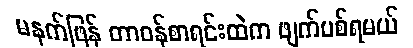
မနက်ဖြန် တာဝန်စာရင်းထဲက ဖျက်ပစ်ရမယ်